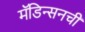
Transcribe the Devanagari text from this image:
मॅडिन्सनची